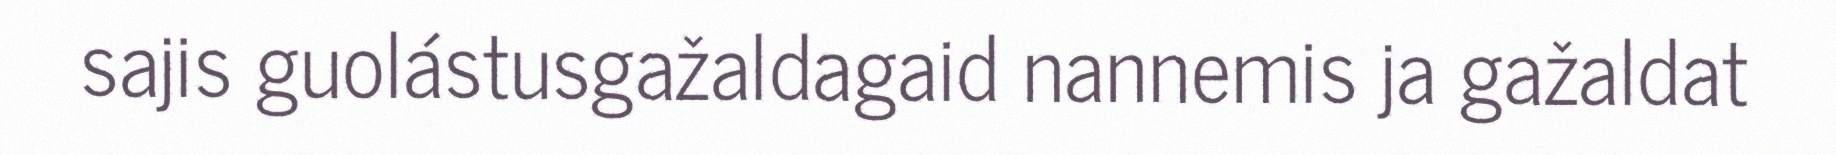
sajis guolástusgažaldagaid nannemis ja gažaldat